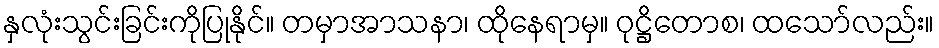
နှလုံးသွင်းခြင်းကိုပြုနိုင်။ တမှာအာသနာ၊ ထိုနေရာမှ။ ဝုဋ္ဌိတောစ၊ ထသော်လည်း။